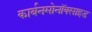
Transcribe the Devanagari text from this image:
कार्बनमोनॉक्साइड